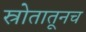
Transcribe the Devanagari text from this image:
स्रोतातूनच